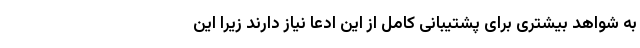
به شواهد بیشتری برای پشتیبانی کامل از این ادعا نیاز دارند زیرا این